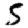
Digit: 5